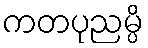
ကတပုညမ္ပိ